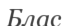
Блас